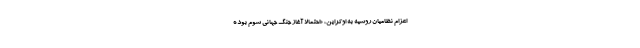
اعزام نظامیان روسیه به اوکراین، «احتمالاً آغاز جنگ جهانی سوم بوده